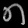
Digit: ၈